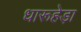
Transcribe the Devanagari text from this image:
धारूहेड़ा